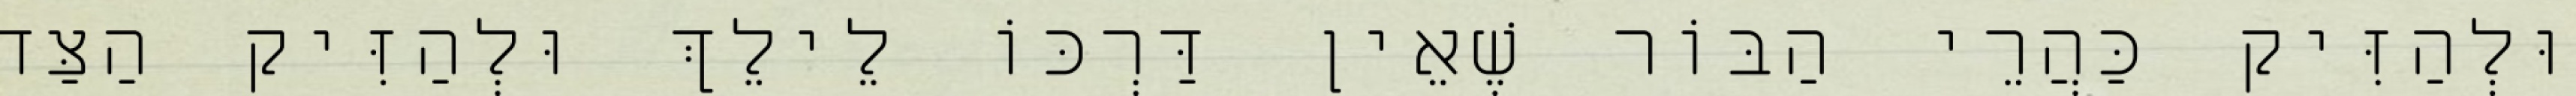
וּלְהַזִּיק כַּהֲרֵי הַבּוֹר שֶׁאֵין דַּרְכּוֹ לֵילֵךְ וּלְהַזִּיק הַצַּד